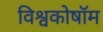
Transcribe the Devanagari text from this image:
विश्वकोषॉम